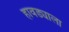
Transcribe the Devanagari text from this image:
हावड्याला